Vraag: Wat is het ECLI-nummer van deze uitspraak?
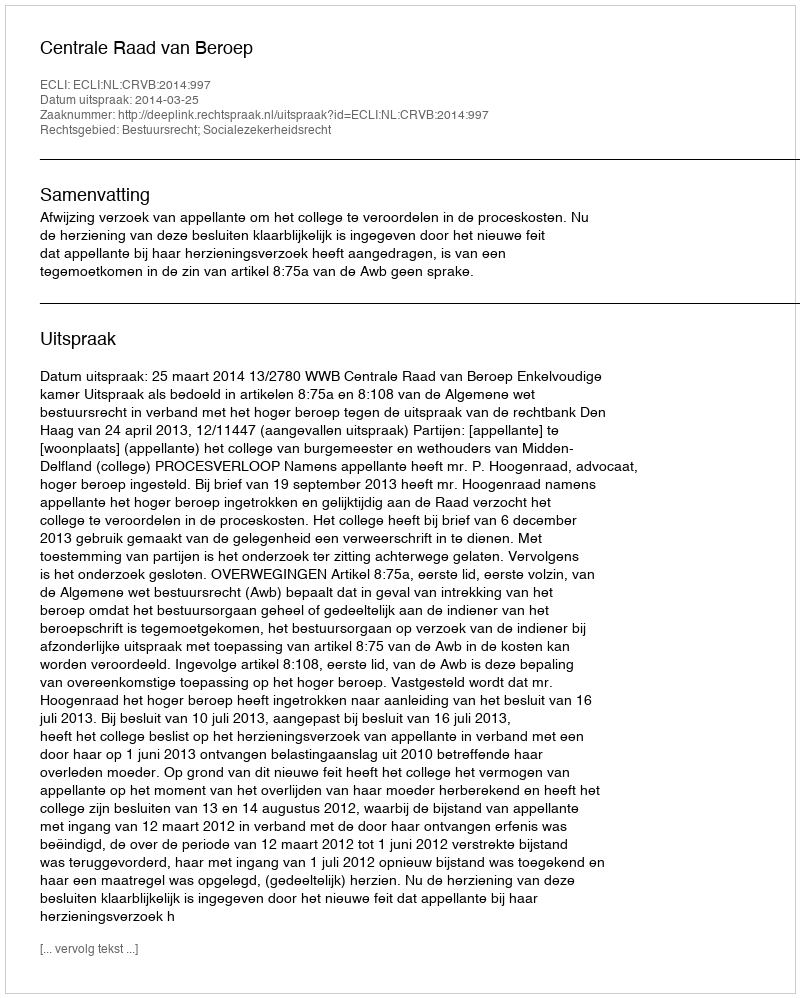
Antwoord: ECLI:NL:CRVB:2014:997